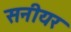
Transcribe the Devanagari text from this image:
सनीयर